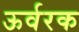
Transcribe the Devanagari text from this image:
ऊर्वरक